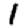
Digit: 1